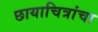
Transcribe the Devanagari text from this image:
छायाचित्रांचा